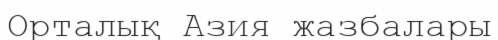
Орталық Азия жазбалары